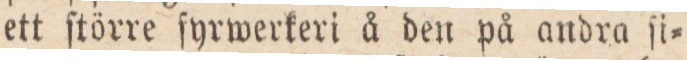
ett ſtörre fyrwerkeri å den på andra ſi=